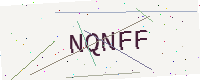
Text: NQNFF